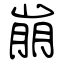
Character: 崩